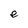
Character: e